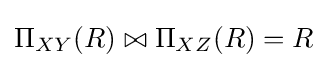
\Pi _{XY}(R)\bowtie \Pi _{XZ}(R)=R